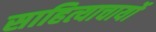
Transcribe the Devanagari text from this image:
साहित्याचार्यो